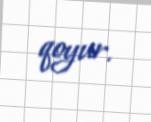
qoyur.